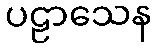
ပဠာသေန